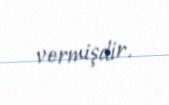
vermişdir.